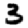
Digit: 3